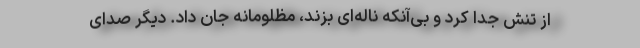
از تنش جدا کرد و بی‌آنکه ناله‌ای بزند، مظلومانه جان داد. دیگر صدای